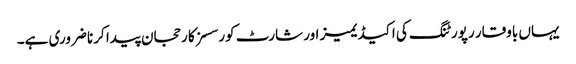
یہاں باوقار رپورٹنگ کی اکیڈیمیز اور شارٹ کورسسز کا رحجان پیدا کرنا ضروری ہے۔